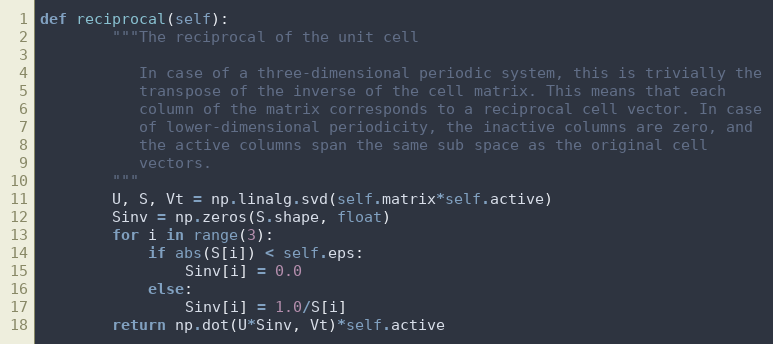
Language: Python
def reciprocal(self):
        """The reciprocal of the unit cell

           In case of a three-dimensional periodic system, this is trivially the
           transpose of the inverse of the cell matrix. This means that each
           column of the matrix corresponds to a reciprocal cell vector. In case
           of lower-dimensional periodicity, the inactive columns are zero, and
           the active columns span the same sub space as the original cell
           vectors.
        """
        U, S, Vt = np.linalg.svd(self.matrix*self.active)
        Sinv = np.zeros(S.shape, float)
        for i in range(3):
            if abs(S[i]) < self.eps:
                Sinv[i] = 0.0
            else:
                Sinv[i] = 1.0/S[i]
        return np.dot(U*Sinv, Vt)*self.active